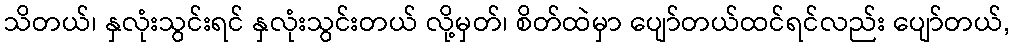
သိတယ်၊ နှလုံးသွင်းရင် နှလုံးသွင်းတယ် လို့မှတ်၊ စိတ်ထဲမှာ ပျော်တယ်ထင်ရင်လည်း ပျော်တယ်,